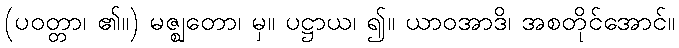
(ပဝတ္တာ၊ ၏။) မဇ္ဈတော၊ မှ။ ပဋ္ဌာယ၊ ၍။ ယာဝအာဒိ၊ အစတိုင်အောင်။